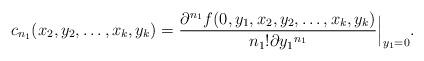
LaTeX: \begin{align*}c_{n_1}(x_2,y_2,\ldots,x_k,y_k)=\frac{\partial^{n_1} f(0,y_1,x_2,y_2,\ldots,x_k,y_k)}{ n_1! \partial {y_1}^{n_1}} \Big|_{y_1=0}.\end{align*}